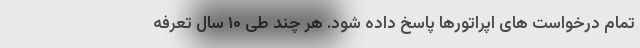
تمام درخواست های اپراتورها پاسخ داده شود. هر چند طی ۱۰ سال تعرفه